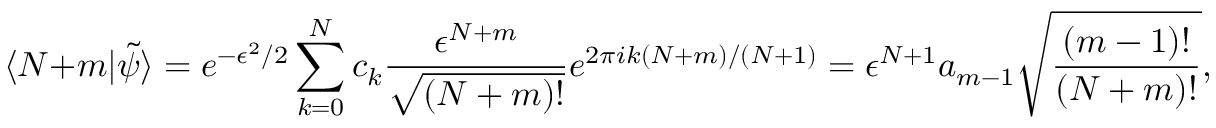
\langle N + m | \tilde { \psi } \rangle = e ^ { - \epsilon ^ { 2 } / 2 } \sum _ { k = 0 } ^ { N } c _ { k } \frac { \epsilon ^ { N + m } } { \sqrt { ( N + m ) ! } } e ^ { 2 \pi i k ( N + m ) / ( N + 1 ) } = \epsilon ^ { N + 1 } a _ { m - 1 } \sqrt { \frac { ( m - 1 ) ! } { { ( N + m ) ! } } } ,